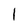
Character: l